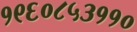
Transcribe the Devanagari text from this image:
१९६०८५३११०